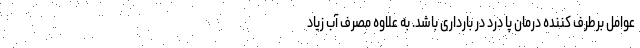
عوامل برطرف کننده درمان پا درد در بارداری باشد. به علاوه مصرف آب زیاد